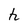
Character: h